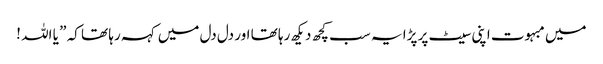
میں مبہوت اپنی سیٹ پر پڑا یہ سب کچھ دیکھ رہا تھا اور دل دل میں کہہ رہا تھا کہ ” یا اللہ !